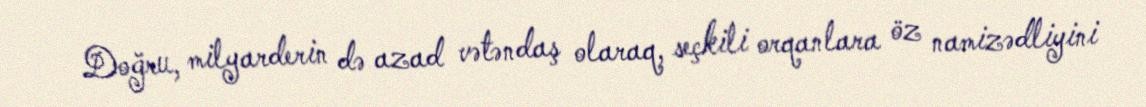
Doğru, milyarderin də azad vətəndaş olaraq, seçkili orqanlara öz namizədliyini